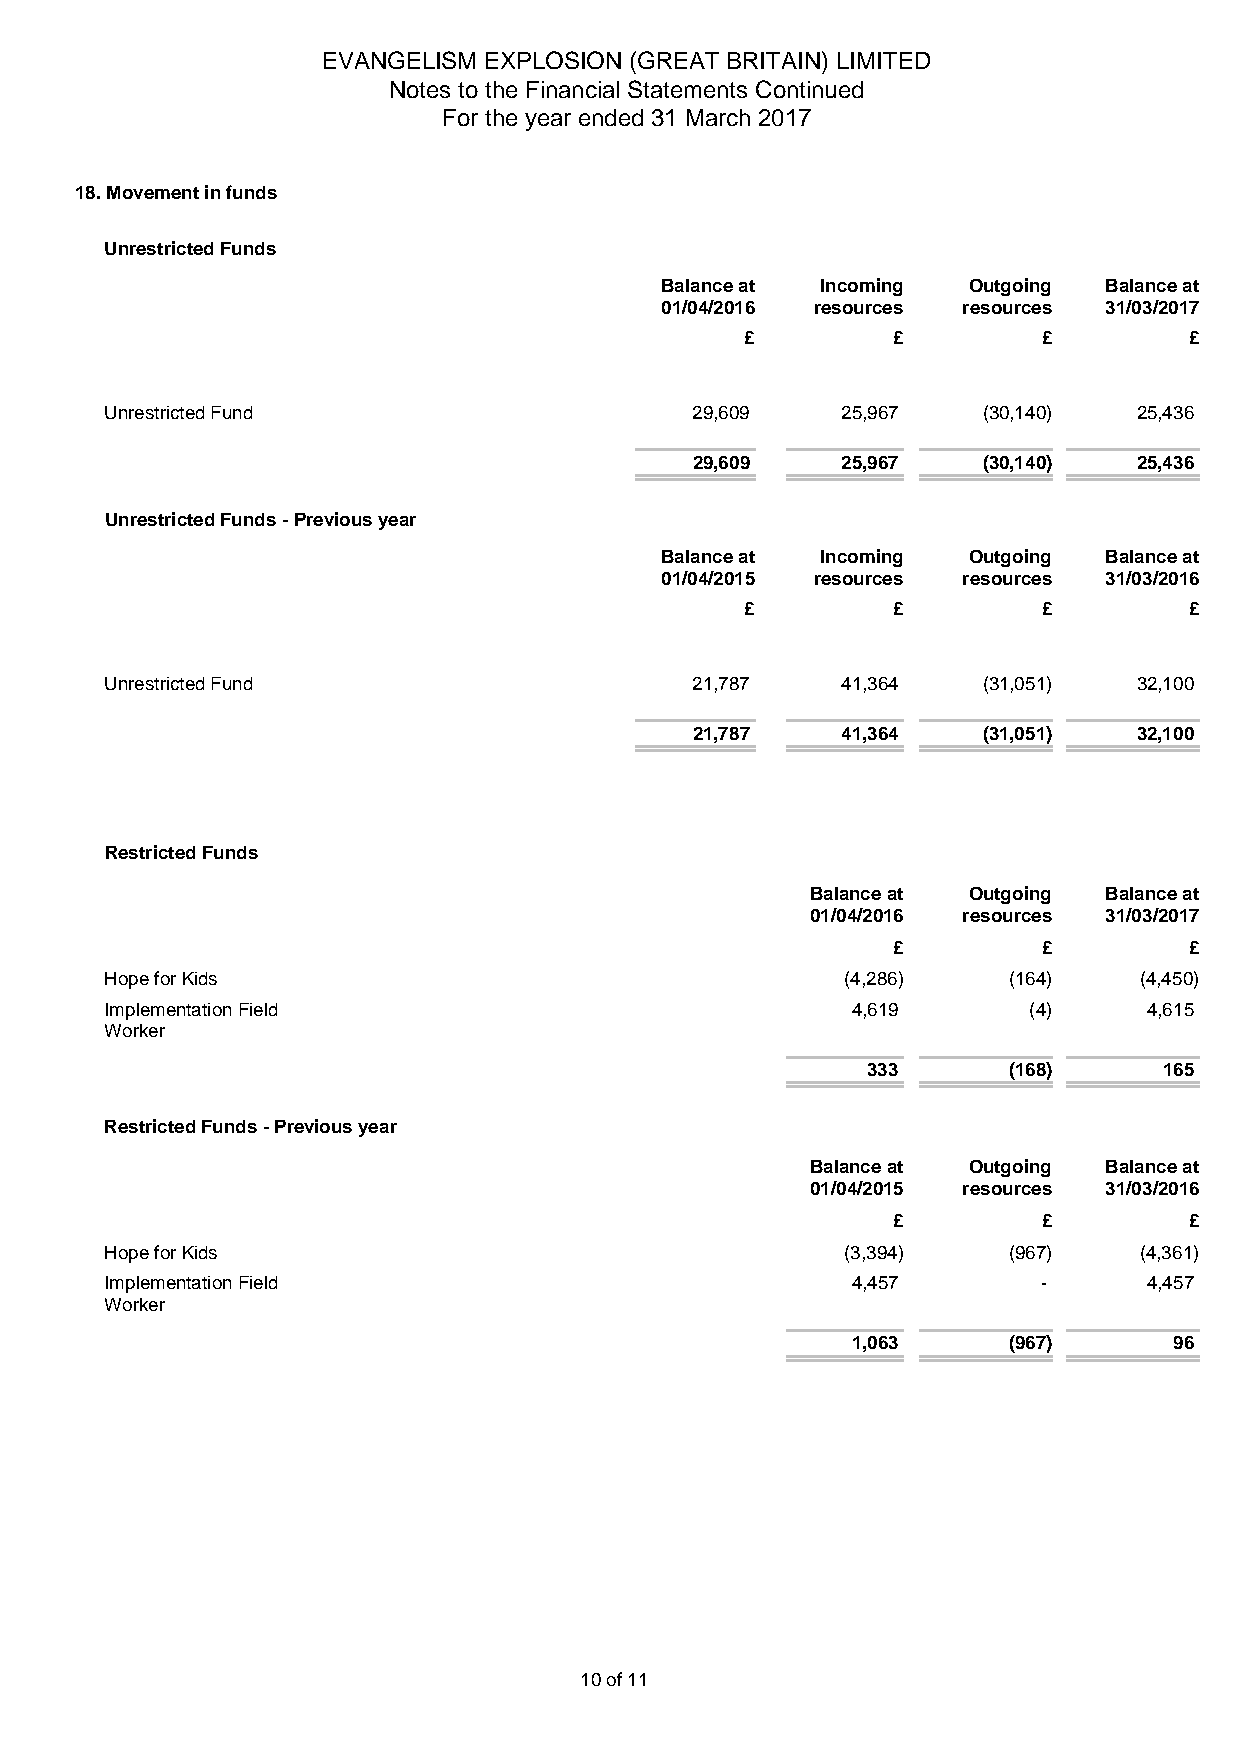
EVANGELISM EXPLOSION (GREAT BRITAIN) LIMITED
 Notes to the Financial Statements Continued
 For the year ended 31 March 2017
 18. Movement in funds
 Unrestricted Funds
 Balance at Incoming Outgoing Balance at
 01/04/2016 resources resources 31/03/2017
 £         £         £         £
 Unrestricted Fund                      29,609    25,967   (30,140)  25,436
 29,609    25,967   (30,140)  25,436
 Unrestricted Funds - Previous year
 Balance at Incoming Outgoing Balance at
 01/04/2015 resources resources 31/03/2016
 £         £         £         £
 Unrestricted Fund                      21,787    41,364   (31,051)  32,100
 21,787    41,364   (31,051)  32,100
 Restricted Funds
 Balance at Outgoing Balance at
 01/04/2016 resources 31/03/2017
 £         £         £
 Hope for Kids                                    (4,286)    (164)   (4,450)
 Implementation Field                             4,619       (4)     4,615
 Worker
 333       (168)     165
 Restricted Funds - Previous year
 Balance at Outgoing Balance at
 01/04/2015 resources 31/03/2016
 £         £         £
 Hope for Kids                                    (3,394)    (967)   (4,361)
 Implementation Field                             4,457        -      4,457
 Worker
 1,063      (967)      96
 10 of 11